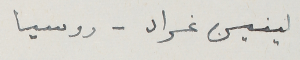
لينين غراد – روسيا